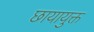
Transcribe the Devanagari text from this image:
छायायुक्त